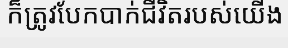
ក៏ត្រូវបែកបាក់ជីវិតរបស់យើង